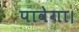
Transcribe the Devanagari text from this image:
पावेगा।